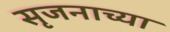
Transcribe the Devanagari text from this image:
सृजनाच्या